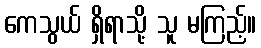
ကေသွယ် ရှိရာသို့ သူ မကြည့်။